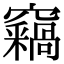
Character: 𥩈